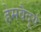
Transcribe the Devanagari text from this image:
हेमवैदूर्य